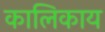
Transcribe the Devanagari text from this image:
कालिकाय